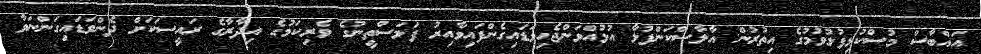
އައްބާސް މުސްކުޅިފުޅުވުމުގެ އިތުރުން އާލާސްކަންފުޅާ އުޅުއްވަންޖެހިވަޑައިގެންފައިވާއިރު ފަލަސްތީނުގެ ވެރިކަމުގެ އިދާރާގެ ރައީސަކަށް ދެންވަޑައިގަންނަވާ